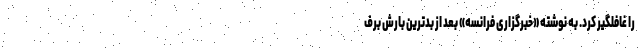
را غافلگیر کرد. به نوشته «خبرگزاری فرانسه» بعد از بدترین بارش برف